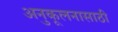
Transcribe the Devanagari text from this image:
अनुकूलनासाठी